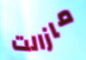
مازالت